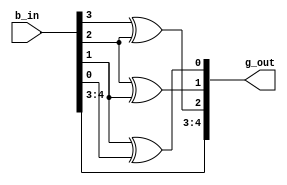
//
module gray(b_in,g_out);       //

	input [4:0] b_in;          //
	output [4:0] g_out;        //
	wire [4:0] g_out;
	
//full
	assign g_out[4]=b_in[4];
	assign g_out[3]=b_in[3];
	assign g_out[2]=b_in[3]^b_in[2];
	assign g_out[1]=b_in[2]^b_in[1];
	assign g_out[0]=b_in[1]^b_in[0];
	
endmodule

//fifo
module fifo(rclk,wclk,rst,wr_en,rd_en,data_in,data_out,empty,full,halffull);

	input rclk,wclk,rst,wr_en,rd_en;
	input [7:0] data_in;
	output empty,full,halffull;
	output [7:0] data_out;
	
	reg halffull;
	reg [7:0]mem[15:0];//16*8RAM
	reg [7:0] data_out;
	wire [3:0] w_addr,r_addr;
	wire [4:0] w_addr_b,r_addr_b; //
	
	reg [4:0] w_addr_a,r_addr_a;  //
	reg [4:0] w_addr_r,r_addr_w; 
	
	gray g1(.b_in(w_addr_a),.g_out(w_addr_b)); //
	gray g2(.b_in(r_addr_a),.g_out(r_addr_b)); //
	
	assign w_addr=w_addr_b[3:0]; //  (w_addr)
	assign r_addr=r_addr_b[3:0]; //  (r_addr)
	
//	
	always@(posedge rclk or negedge rst)//
		begin
			if(!rst)
				begin
					r_addr_a<=5'b0; //
					r_addr_w<=5'b0; //
				end
			else
				begin
					r_addr_w<=w_addr_b; //( )
					if(rd_en==1 && empty==0) //
						begin
							data_out<=mem[r_addr]; //
							r_addr_a<=r_addr_a+1;//+1
						end
				end
		end

//	
	always@(posedge wclk or negedge rst) //
		begin
			if(!rst)
				begin
					w_addr_a<=5'b0;//
					w_addr_r<=5'b0;//
				end
			else
				begin
					w_addr_r<=r_addr_b;//( )
					if(wr_en==1 && full==0) //
						begin
							mem[w_addr]<=data_in; //
							w_addr_a<=w_addr_a+1;//+1
						end
				end
		end
	
	assign empty=(r_addr_b==r_addr_w)?1:0;//==()
	assign full=(w_addr_b[4]!=w_addr_r[4] && w_addr_b[3:0]==w_addr_r[3:0])?1:0;// ()   
	
endmodule